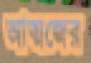
আত্মজের